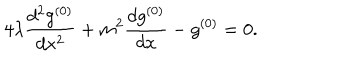
LaTeX: 4 \lambda \frac { d ^ { 2 } g ^ { ( 0 ) } } { d x ^ { 2 } } + m ^ { 2 } \frac { d g ^ { ( 0 ) } } { d x } - g ^ { ( 0 ) } = 0 .